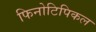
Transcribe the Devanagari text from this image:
फिनोटिपिकल